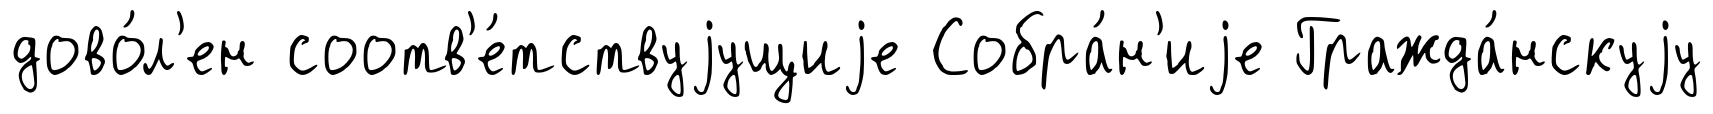
дово́л'ен соотв'е́тствуjущиjе Собра́н'иjе Гражда́нскуjу